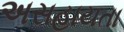
અસહાયતા